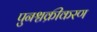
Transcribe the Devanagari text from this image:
पुनश्चक्रीकरण